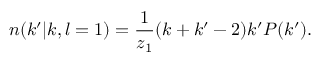
n ( k ^ { \prime } | k , l = 1 ) = \frac { 1 } { z _ { 1 } } ( k + k ^ { \prime } - 2 ) k ^ { \prime } P ( k ^ { \prime } ) .